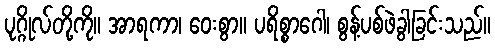
ပုဂ္ဂိုလ်တို့ကို။ အာရကာ၊ ဝေးစွာ။ ပရိစ္စာဂေါ၊ စွန့်ပစ်ဖဲခွါခြင်းသည်။